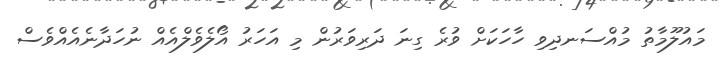
މައުލޫމާތު މުއްސަނދިވި ހާހަކަށް ވުރެ ގިނަ ދަރިވަރުން މި އަހަރު އޯލެވެލްއެއް ނުހަދާނެއެއްވެސް